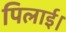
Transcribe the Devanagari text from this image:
पिलाई।